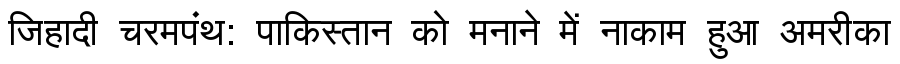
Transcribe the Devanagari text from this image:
जिहादी चरमपंथ: पाकिस्तान को मनाने में नाकाम हुआ अमरीका